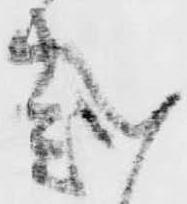
越